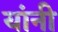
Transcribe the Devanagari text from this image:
यांनी